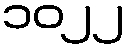
၁၀၂၂